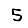
Digit: 5